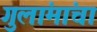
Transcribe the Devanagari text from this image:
गुलांमांचा